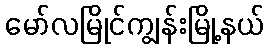
မော်လမြိုင်ကျွန်းမြို့နယ်